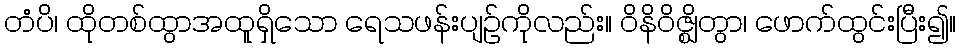
တံပိ၊ ထိုတစ်ထွာအထူရှိသော ရေသဖန်းပျဉ်ကိုလည်း။ ဝိနိဝိဇ္ဈိတွာ၊ ဖောက်ထွင်းပြီး၍။